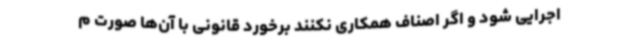
اجرایی شود و اگر اصناف همکاری نکنند برخورد قانونی با آن‌ها صورت م